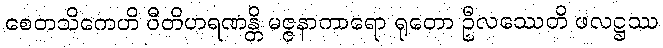
စေတသိကေဟိ ဝီတိဟရဏန္တိ မဇ္ဇနာကာရော ရုတော ဦလဿေတိ ဖလဋ္ဌဿ